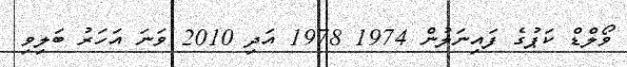
ވޯލްޑް ކަޕުގެ ފައިނަލުން 1974 1978 އަދި 2010 ވަނަ އަހަރު ބަލިވި